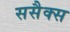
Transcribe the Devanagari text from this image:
ससैक्स